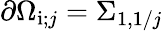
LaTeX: \partial\Omega_{\mathrm{i};j}=\Sigma_{1,1/j}